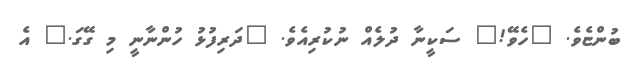
ބުންޏެވެ. "ހެވޭ!" ސަކީނާ ދުލެއް ނުކުރިއެވެ. "ދަރިފުޅު ހުންނާނީ މި ގޭގަ." އެ